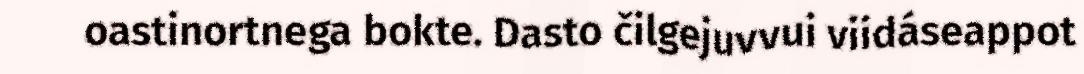
oastinortnega bokte. Dasto čilgejuvvui viidáseappot